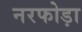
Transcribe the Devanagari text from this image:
नरफोड़ा